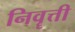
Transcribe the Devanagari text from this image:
निवॄत्ती